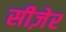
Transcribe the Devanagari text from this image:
सीज़ेर